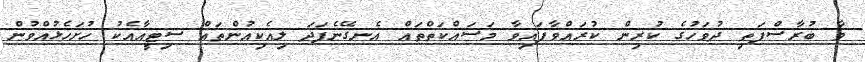
ވާ ބުރާސްފަތި ދުވަހުގެ ކުރިން ކުރައްވާފައިވާ މަސައްކަތްތައް އެނގޭނެފަދަ ލިއެކިއުންތައް ސިޓީއާއެކު ހުށަހެޅުއްވުން